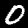
Label: 0